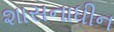
શાસનાધીન